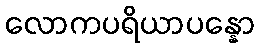
လောကပရိယာပန္နော